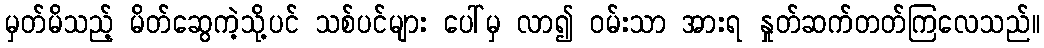
မှတ်မိသည့် မိတ်ဆွေကဲ့သို့ပင် သစ်ပင်များ ပေါ်မှ လာ၍ ဝမ်းသာ အားရ နှုတ်ဆက်တတ်ကြလေသည်။